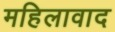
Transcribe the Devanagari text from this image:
महिलावाद